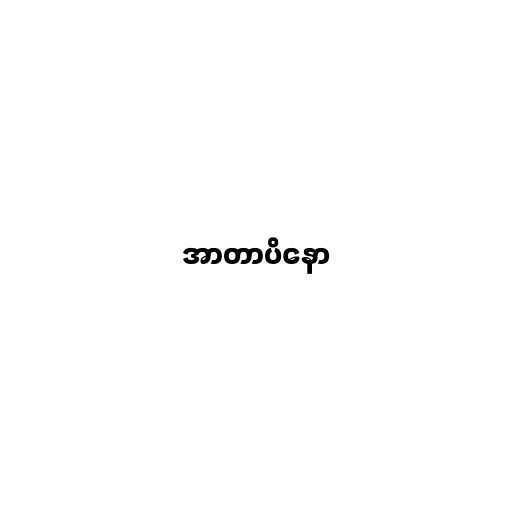
အာတာပိနော